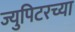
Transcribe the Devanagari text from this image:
ज्युपिटरच्या